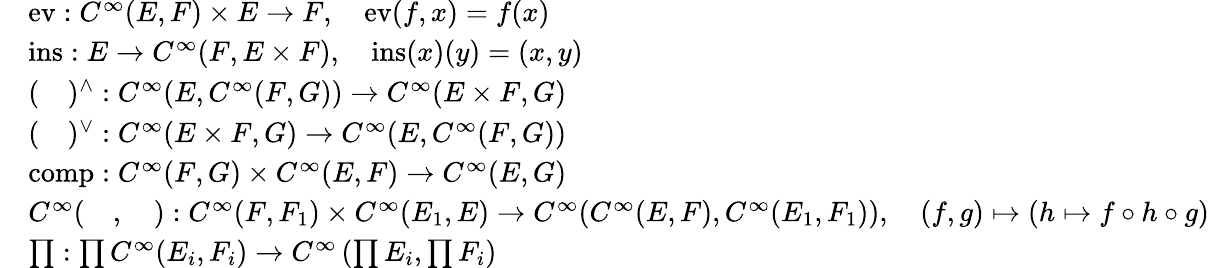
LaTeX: {\begin{array}{rl}&{\operatorname{ev}:C^{\infty}(E,F)\times E\to F,\quad{\mathrm{ev}}(f,x)=f(x)}\\ &{\operatorname{ins}:E\to C^{\infty}(F,E\times F),\quad{\mathrm{ins}}(x)(y)=(x,y)}\\ &{(\quad)^{\wedge}:C^{\infty}(E,C^{\infty}(F,G))\to C^{\infty}(E\times F,G)}\\ &{(\quad)^{\vee}:C^{\infty}(E\times F,G)\to C^{\infty}(E,C^{\infty}(F,G))}\\ &{\operatorname{comp}:C^{\infty}(F,G)\times C^{\infty}(E,F)\to C^{\infty}(E,G)}\\ &{C^{\infty}(\quad,\quad):C^{\infty}(F,F_{1})\times C^{\infty}(E_{1},E)\to C^{\infty}(C^{\infty}(E,F),C^{\infty}(E_{1},F_{1})),\quad(f,g)\mapsto(h\mapsto f\circ h\circ g)}\\ &{\prod:\prod C^{\infty}(E_{i},F_{i})\to C^{\infty}\left(\prod E_{i},\prod F_{i}\right)}\end{array}}